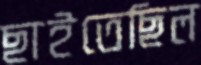
ছাইতেছিল